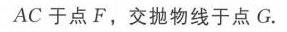
\(AC\)于点\(F\)，交抛物线于点\(G\).